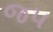
જ૫